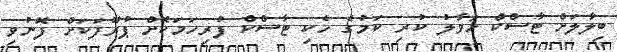
ބިލާލަށް ޓާސްކް ހަވާލު ކުރި ކަމުގެ ހެކި ޓާސްކް ފުރިހަމަކޮށް ޕުރޫފަކަށް ފޮނުވި